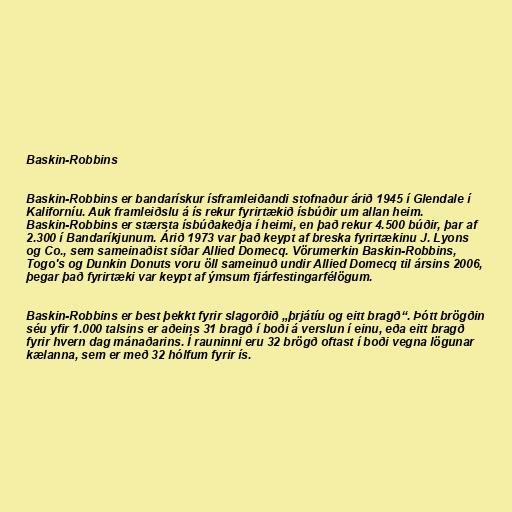
Baskin-Robbins

Baskin-Robbins er bandarískur ísframleiðandi stofnaður árið 1945 í Glendale í
Kaliforníu. Auk framleiðslu á ís rekur fyrirtækið ísbúðir um allan heim.
Baskin-Robbins er stærsta ísbúðakeðja í heimi, en það rekur 4.500 búðir, þar af
2.300 í Bandaríkjunum. Árið 1973 var það keypt af breska fyrirtækinu J. Lyons
og Co., sem sameinaðist síðar Allied Domecq. Vörumerkin Baskin-Robbins,
Togo's og Dunkin Donuts voru öll sameinuð undir Allied Domecq til ársins 2006,
þegar það fyrirtæki var keypt af ýmsum fjárfestingarfélögum.

Baskin-Robbins er best þekkt fyrir slagorðið „þrjátíu og eitt bragð“. Þótt brögðin
séu yfir 1.000 talsins er aðeins 31 bragð í boði á verslun í einu, eða eitt bragð
fyrir hvern dag mánaðarins. Í rauninni eru 32 brögð oftast í boði vegna lögunar
kælanna, sem er með 32 hólfum fyrir ís.